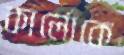
কার্লোকে